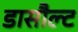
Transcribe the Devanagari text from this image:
डासौल्ट